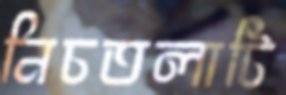
নিচতলাটি